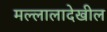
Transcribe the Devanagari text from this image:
मल्लालादेखील